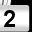
Digit: 2